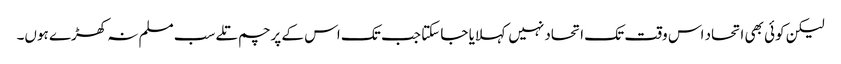
لیکن کوئی بھی اتحاد اس وقت تک اتحاد نہیں کہلایا جا سکتا جب تک اس کے پرچم تلے سب مسلم نہ کھڑے ہوں۔